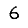
Digit: 6